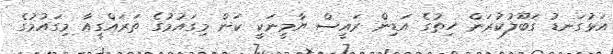
އަޅުގަނޑު ގަބޫލުކުރަން ހިތުގެ އަޑިން ރައީސް ޔާމީނަކީ ކަން މިގައުމުގެ ތަރައްގީއާ މިގައުމުގެ